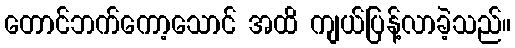
တောင်ဘက်ကော့သောင် အထိ ကျယ်ပြန့်လာခဲ့သည်။